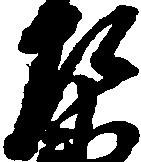
右